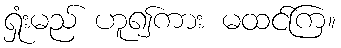
ရှုံးမည် ဟူ၍ကား မထင်ကြ။